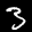
Label: 3